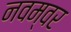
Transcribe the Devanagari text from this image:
नवम्‍वर